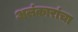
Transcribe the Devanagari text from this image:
अलंकारांचा